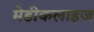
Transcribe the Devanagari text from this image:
मेडीकलाइज